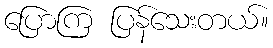
ပြောကြ ပြန်သေးတယ်။